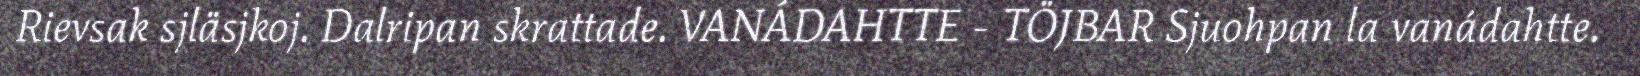
Rievsak sjläsjkoj. Dalripan skrattade. VANÁDAHTTE - TÖJBAR Sjuohpan la vanádahtte.